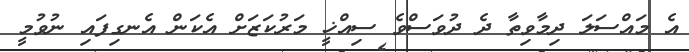
އެ މައްސަލަ ދިމާވިތާ ދެ ދުވަސްވެ ސިއްޚީ މަރުކަޒަށް އެކަން އެނގިފައި ނުވުމީ